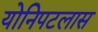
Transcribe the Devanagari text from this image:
योनिपटलास